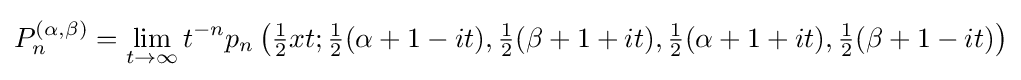
P_{n}^{(\alpha ,\beta )}=\lim _{t\to \infty }t^{-n}p_{n}\left({\tfrac {1}{2}}xt;{\tfrac {1}{2}}(\alpha +1-it),{\tfrac {1}{2}}(\beta +1+it),{\tfrac {1}{2}}(\alpha +1+it),{\tfrac {1}{2}}(\beta +1-it)\right)